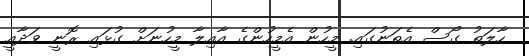
ހާލަތު ގޯސް އެތަނުގައި. މީހުން އެމީހުންގެ އާއިލާ މީހުނަށް ގުޅައި ރޮނީ ވަދާއީ